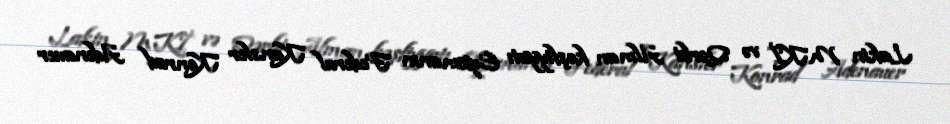
Lakin MKİ və Qərbi Alman kəşfiyyatı Eyxmanın Federal Kansler Konrad Adenauer